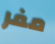
مفر